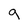
Character: g